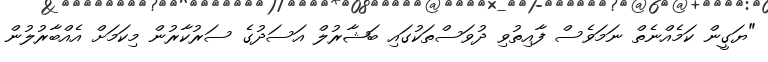
"ޔަގީން ކަމެއްނެތް ނަމަވެސް ފާއިތުވި ދުވަސްތަކުގައި ބަޝާރުލް އަސަދުގެ ސަރުކާރުން މިކަމަށް އެއްބާރުލުން